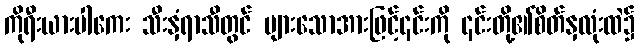
ကိုရီးယားပါကေး သီးနှံရာသီတွင် များသောအားဖြင့်၎င်းကို ၎င်းတို့၏စိတ်နှလုံးထဲ၌